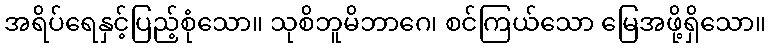
အရိပ်ရေနှင့်ပြည့်စုံသော။ သုစိဘူမိဘာဂေ၊ စင်ကြယ်သော မြေအဖို့ရှိသော။